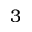
3